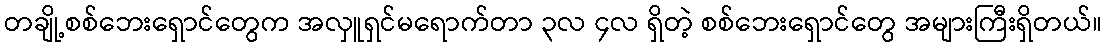
တချို့စစ်ဘေးရှောင်တွေက အလှူရှင်မရောက်တာ ၃လ ၄လ ရှိတဲ့ စစ်ဘေးရှောင်တွေ အများကြီးရှိတယ်။